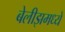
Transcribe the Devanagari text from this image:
बेलीझमध्ये